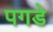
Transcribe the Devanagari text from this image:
पगडे